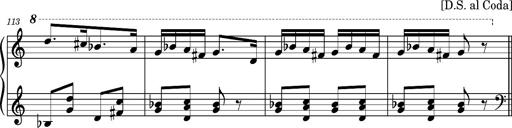
Title: Ungarischer Romanzero
Composer: Franz Liszt